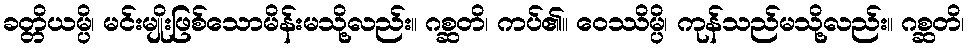
ခတ္တိယမ္ပိ၊ မင်းမျိုးဖြစ်သောမိန်းမသို့လည်း။ ဂစ္ဆတိ၊ ကပ်၏။ ဝေဿိမ္ပိ၊ ကုန်သည်မသို့လည်း။ ဂစ္ဆတိ၊